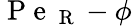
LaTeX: \mathrm{~P~e~}_{\mathrm{~R~}}-\phi